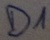
Text: D1